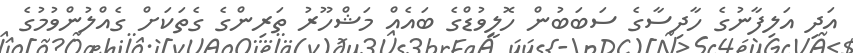
އަދި އަލިފާނުގެ ހާދިސާގެ ސަބަބުން ހޮލީވުޑްގެ ބައެއް މަޝްހޫރު ތަރިންގެ ގެތަކަށް ގެއްލުންވުމުގެ